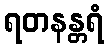
ရတနန္တရံ